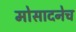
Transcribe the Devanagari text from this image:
मोसादनेच